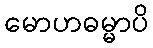
မောဟဓမ္မာပိ